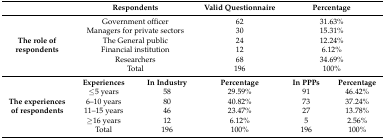
<table><thead><tr><td></td><td colspan="2"><b>Respondents</b></td><td><b>Valid Questionnaire</b></td><td colspan="2"><b>Percentage</b></td></tr></thead><tbody><tr><td rowspan="6"><b>The role of respondents</b></td><td colspan="2">Government officer</td><td>62</td><td colspan="2">31.63%</td></tr><tr><td colspan="2">Managers for private sectors</td><td>30</td><td colspan="2">15.31%</td></tr><tr><td colspan="2">The General public</td><td>24</td><td colspan="2">12.24%</td></tr><tr><td colspan="2">Financial institution</td><td>12</td><td colspan="2">6.12%</td></tr><tr><td colspan="2">Researchers</td><td>68</td><td colspan="2">34.69%</td></tr><tr><td colspan="2">Total</td><td>196</td><td colspan="2">100%</td></tr><tr><td rowspan="6"><b>The experiences of respondents</b></td><td><b>Experiences</b></td><td><b>In Industry</b></td><td><b>Percentage</b></td><td><b>In PPPs</b></td><td><b>Percentage</b></td></tr><tr><td>≤5 years</td><td>58</td><td>29.59%</td><td>91</td><td>46.42%</td></tr><tr><td>6–10 years</td><td>80</td><td>40.82%</td><td>73</td><td>37.24%</td></tr><tr><td>11–15 years</td><td>46</td><td>23.47%</td><td>27</td><td>13.78%</td></tr><tr><td>≥16 years</td><td>12</td><td>6.12%</td><td>5</td><td>2.56%</td></tr><tr><td>Total</td><td>196</td><td>100%</td><td>196</td><td>100%</td></tr></tbody></table>